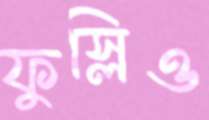
ফুস্‌লিও